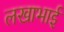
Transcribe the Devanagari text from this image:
लखाभाई